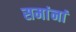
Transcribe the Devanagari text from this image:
समांनां